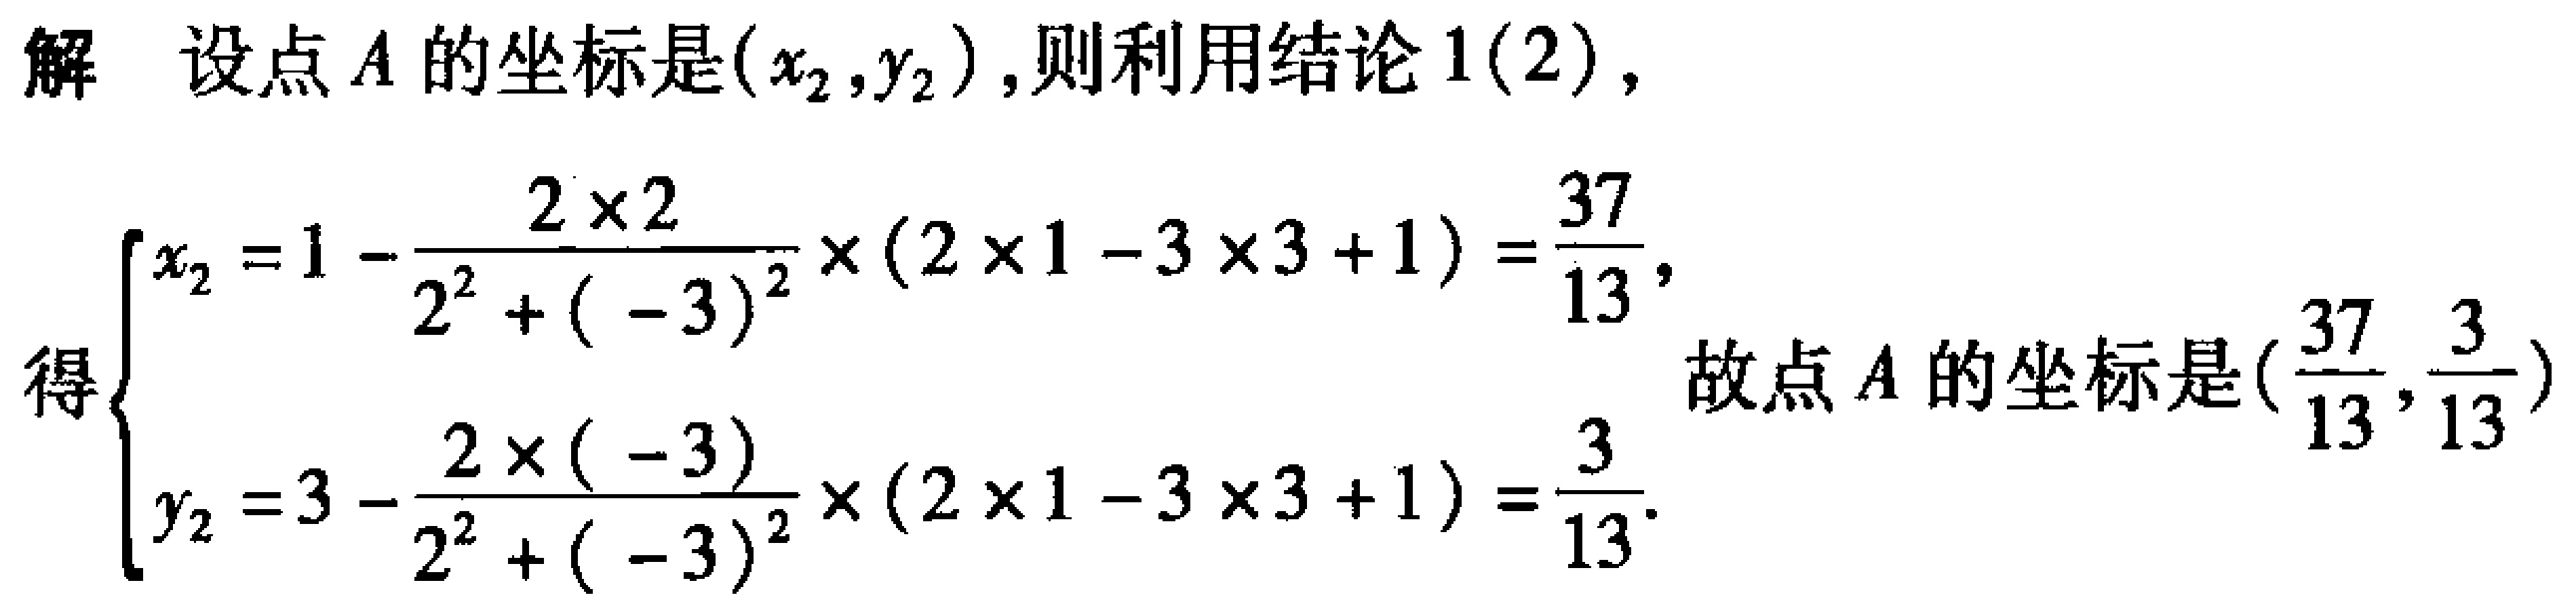
解 设点 \(A\) 的坐标是\((x_{2},y_{2})\),则利用结论 \(1(2)\),
得\(\begin{cases}x_{2}=1 - \dfrac{2\times2}{2^{2}+(-3)^{2}}\times(2\times1 - 3\times3 + 1)=\dfrac{37}{13},\\y_{2}=3 - \dfrac{2\times(-3)}{2^{2}+(-3)^{2}}\times(2\times1 - 3\times3 + 1)=\dfrac{3}{13}.\end{cases}\) 故点 \(A\) 的坐标是\((\dfrac{37}{13},\dfrac{3}{13})\)